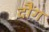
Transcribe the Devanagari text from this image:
दौंग